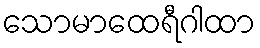
သောမာထေရီဂါထာ